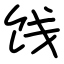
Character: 饯